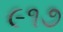
૯૧૭